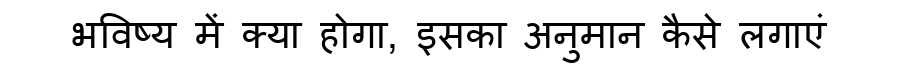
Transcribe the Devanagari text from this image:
भविष्य में क्या होगा, इसका अनुमान कैसे लगाएं